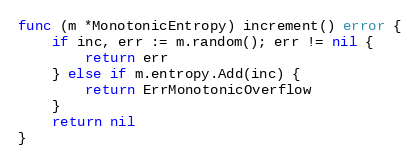
Language: Go
func (m *MonotonicEntropy) increment() error {
	if inc, err := m.random(); err != nil {
		return err
	} else if m.entropy.Add(inc) {
		return ErrMonotonicOverflow
	}
	return nil
}